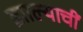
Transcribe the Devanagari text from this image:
झाल्याचीं